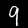
Digit: 9